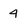
Character: 4